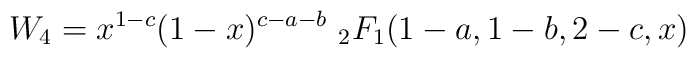
W_4=x^{1-c}(1-x)^{c-a-b}\ _2F_1(1-a,1-b,2-c,x)